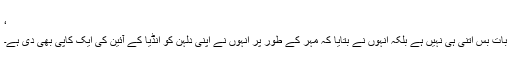
‘
بات بس اتنی ہی نہیں ہے بلکہ انہوں نے بتایا کہ مہر کے طور پر انہوں نے اپنی دلہن کو انڈیا کے آئین کی ایک کاپی بھی دی ہے۔